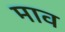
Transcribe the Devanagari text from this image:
माव